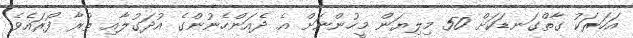
އަހަރަަކު ގާތްގަނޑަކަށް 50 މިލިޔަން މީހުންނަށް އެ ދެއަންހެނުންގެ އުދަގުލާއި ތުރާ ފޯރައެވެ.